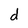
Character: d